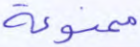
ممنوعة